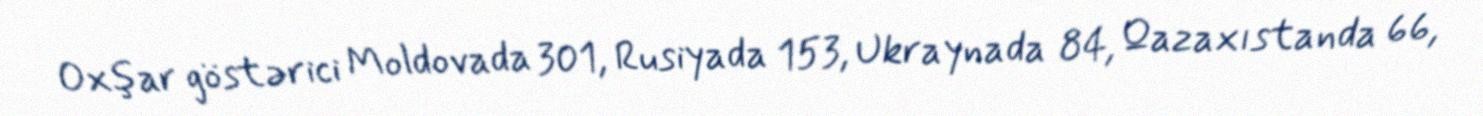
Oxşar göstərici Moldovada 301, Rusiyada 153, Ukraynada 84, Qazaxıstanda 66,